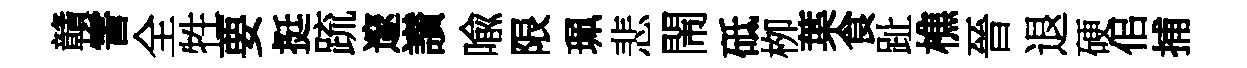
贛霅全牲要挺䟽邃讃喩限珮悲閙砥栁葉食趾樵晉退硬佀捕